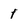
Character: 1